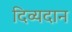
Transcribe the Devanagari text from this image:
दिव्यदान